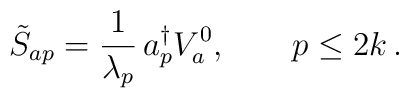
\tilde S_{ap}  =        {1 \over \lambda_p}\, a^\dagger_p V^0_a  , \qquad p \le 2k  \, .